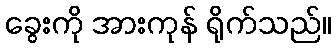
ခွေးကို အားကုန် ရိုက်သည်။